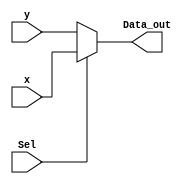
module mux2to1_A3 #(
   // constant declaration
  parameter DATA_WIDTH = 5

)(
   input [(DATA_WIDTH-1):0] x,
   input [(DATA_WIDTH-1):0] y,
	input Sel,
	output [(DATA_WIDTH-1):0] Data_out
   
);

assign Data_out = Sel ? x : y ; 
endmodule